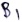
Text: B1